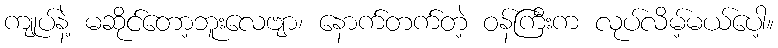
ကျုပ်နဲ့ မဆိုင်တော့ဘူးလေဗျာ၊ နောက်တက်တဲ့ ဝန်ကြီးက လုပ်လိမ့်မယ်ပေါ့။